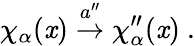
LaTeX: \chi_{\alpha}(\mathit{x})\stackrel{a^{\prime\prime}}{\rightarrow}\chi_{\alpha}^{\prime\prime}(\mathit{x})~.